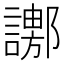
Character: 𧬚